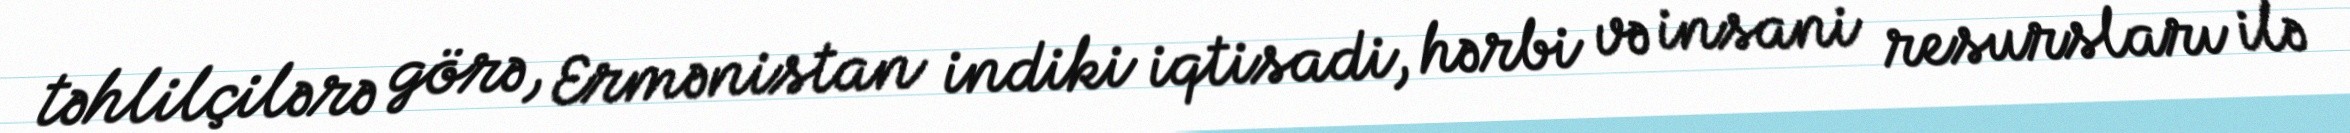
təhlilçilərə görə, Ermənistan indiki iqtisadi, hərbi və insani resursları ilə